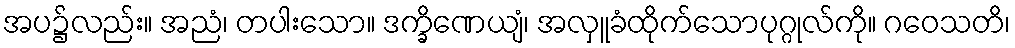
အပ၌လည်း။ အညံ၊ တပါးသော။ ဒက္ခိဏေယျံ၊ အလှူခံထိုက်သောပုဂ္ဂုလ်ကို။ ဂဝေသတိ၊